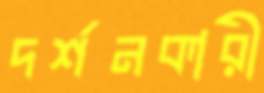
দর্শনকারী